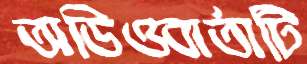
অডিওবার্তাটি